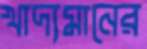
খাদ্যমানের